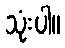
သုံးပါ။